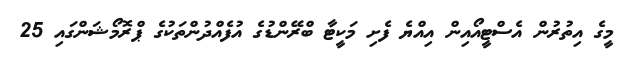
މީގެ އިތުރުން އެސްޓީއޯއިން އިއްޔެ ފެށި މަކީޓާ ބްރޭންޑުގެ އުފެއްދުންތަކުގެ ޕްރޮމޯޝަންގައި 25